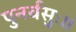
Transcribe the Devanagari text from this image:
पुनर्वसुः।।